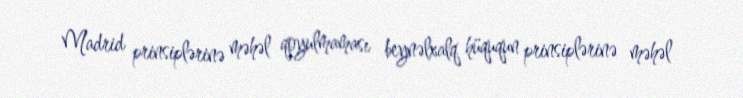
Madrid prinsiplərinə məhəl qoyulmaması beynəlxalq hüququn prinsiplərinə məhəl